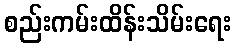
စည်းကမ်းထိန်းသိမ်းရေး